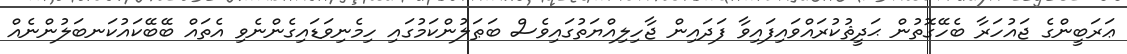
ޢަރަބީންގެ ޖައުހަރާ ބެހޭގޮތުން ޙަދީޘުކުރައްވައިފައިވާ ފަދައިން ޖާހިލިއްޔަތުގައިވެސް ބަޠަލުންކަމުގައި ހިމެނިވަޑައިގެންނެވި އެތައް ބޭބޭކައުކަނބަލުންނެއް